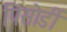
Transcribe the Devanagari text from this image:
पिसोर्डी